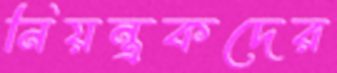
নিয়ন্ত্রকদের